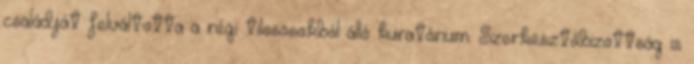
családját felváltotta a régi tilososokból álló kuratórium. Szerkesztőbizottság is